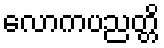
လောကပညတ္တိ